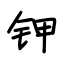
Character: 钾